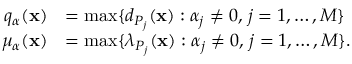
\begin{array} { r l } { q _ { \boldsymbol { \alpha } } ( \mathbf { x } ) } & { = \operatorname* { m a x } \{ d _ { P _ { j } } ( \mathbf { x } ) : \alpha _ { j } \ne 0 , \, j = 1 , \dots , M \} } \\ { \mu _ { \boldsymbol { \alpha } } ( \mathbf { x } ) } & { = \operatorname* { m a x } \{ \lambda _ { P _ { j } } ( \mathbf { x } ) : \alpha _ { j } \ne 0 , \, j = 1 , \dots , M \} . } \end{array}